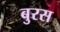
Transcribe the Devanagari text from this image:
बुरस